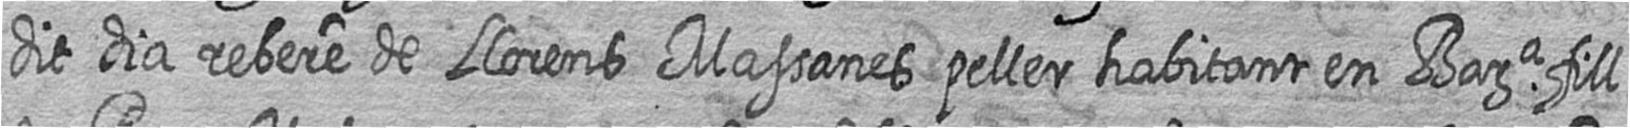
dit dia rebere de Llorens Massanes peller habitant en Bara fill